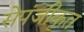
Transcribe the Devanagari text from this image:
सेपंजीकृत